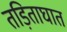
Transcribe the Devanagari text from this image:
तड़िताघात